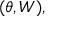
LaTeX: ( \theta , W ) ,